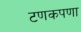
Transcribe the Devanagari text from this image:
टणकपणा